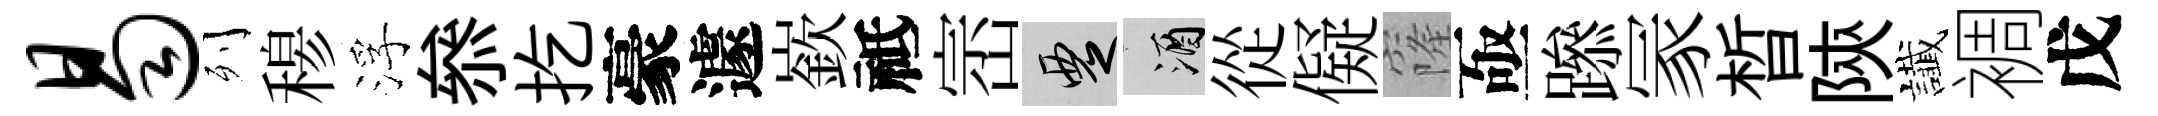
曷列𥠇浮叅扢豪遽嶔祗崈覂酒從儗窿亟𨅶冡晳陝䜟裯戊